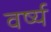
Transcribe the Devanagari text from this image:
वर्ष्य